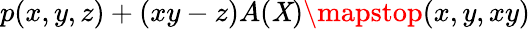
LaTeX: p(x,y,z)+(xy-z)A(\mathit{X})\mapstop(x,y,xy)